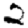
Digit: 2